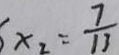
x _ { 2 } = \frac { 7 } { 1 3 }